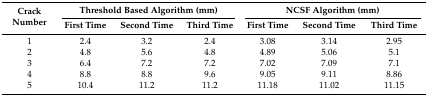
<table><thead><tr><td rowspan="2"><b>Crack Number</b></td><td colspan="3"><b>Threshold Based Algorithm (mm)</b></td><td colspan="3"><b>NCSF Algorithm (mm)</b></td></tr><tr><td><b>First Time</b></td><td><b>Second Time</b></td><td><b>Third Time</b></td><td><b>First Time</b></td><td><b>Second Time</b></td><td><b>Third Time</b></td></tr></thead><tbody><tr><td>1</td><td>2.4</td><td>3.2</td><td>2.4</td><td>3.08</td><td>3.14</td><td>2.95</td></tr><tr><td>2</td><td>4.8</td><td>5.6</td><td>4.8</td><td>4.89</td><td>5.06</td><td>5.1</td></tr><tr><td>3</td><td>6.4</td><td>7.2</td><td>7.2</td><td>7.02</td><td>7.09</td><td>7.1</td></tr><tr><td>4</td><td>8.8</td><td>8.8</td><td>9.6</td><td>9.05</td><td>9.11</td><td>8.86</td></tr><tr><td>5</td><td>10.4</td><td>11.2</td><td>11.2</td><td>11.18</td><td>11.02</td><td>11.15</td></tr></tbody></table>